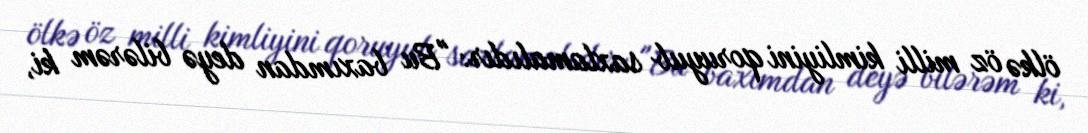
ölkə öz milli kimliyini qoruyub saxlamalıdır: "Bu baxımdan deyə bilərəm ki,